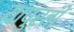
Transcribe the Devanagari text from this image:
यांपुरती